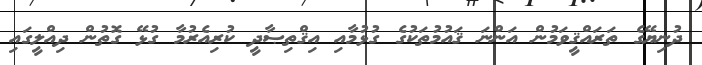
ދުނިޔޭގެ ތަރައްޤީވަމުން އަންނަ ޤައުމުތަކުގެ ގުޅުމާއި އިޤްތިޞާދީ ކުރިއެރުމާ ގުޅޭ ގޮތުން ދިއްލީގައި